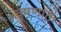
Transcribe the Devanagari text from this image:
वृषणात